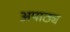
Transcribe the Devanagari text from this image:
अपाठ्य